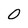
Character: O